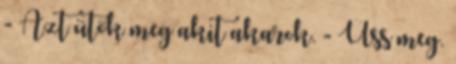
- Azt ütök meg akit akarok. - Üss meg.